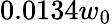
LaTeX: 0.0134w_{0}